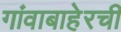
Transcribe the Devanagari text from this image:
गांवाबाहेरची